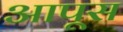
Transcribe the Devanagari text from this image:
आपूस